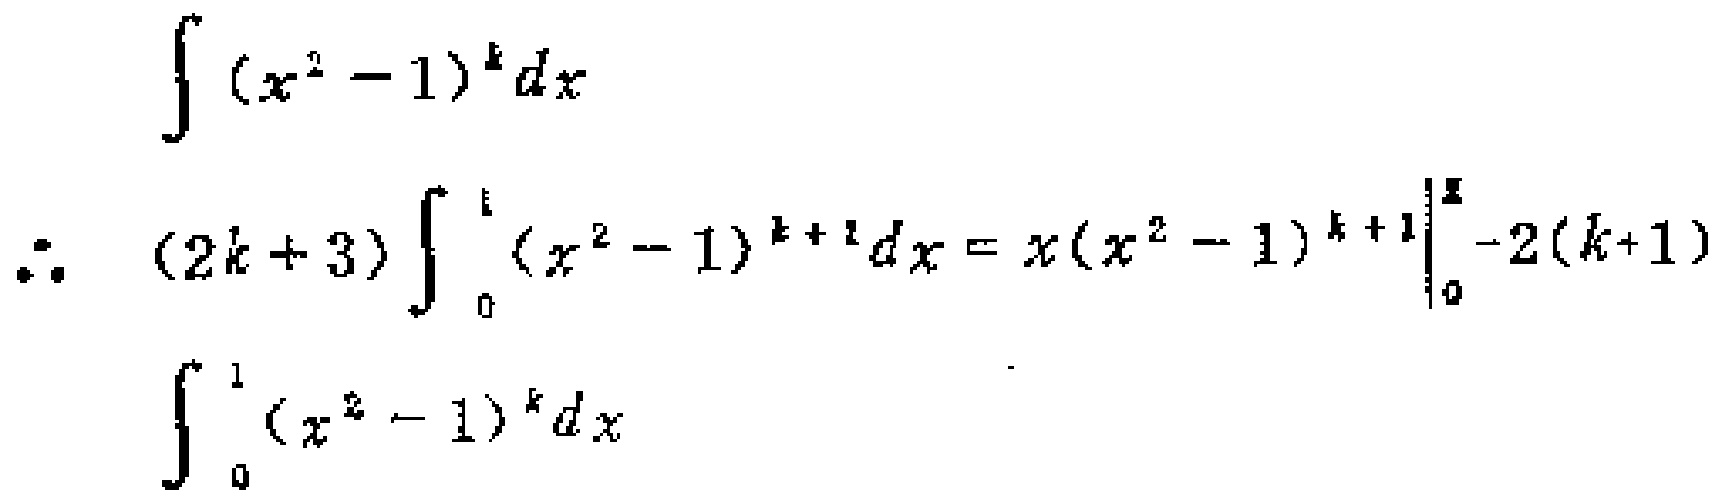
\[

\begin{align*}

&\int (x^{2}-1)^{k}dx\\

\therefore\ &(2k + 3)\int_{0}^{1}(x^{2}-1)^{k + 1}dx=x(x^{2}-1)^{k + 1}\big|_{0}^{1}-2(k + 1)\int_{0}^{1}(x^{2}-1)^{k}dx

\end{align*}

\]